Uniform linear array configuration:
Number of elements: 4
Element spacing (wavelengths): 0.75
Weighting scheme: cosine
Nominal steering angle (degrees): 15
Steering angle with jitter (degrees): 16.134
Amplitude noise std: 0.05
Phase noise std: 0.05

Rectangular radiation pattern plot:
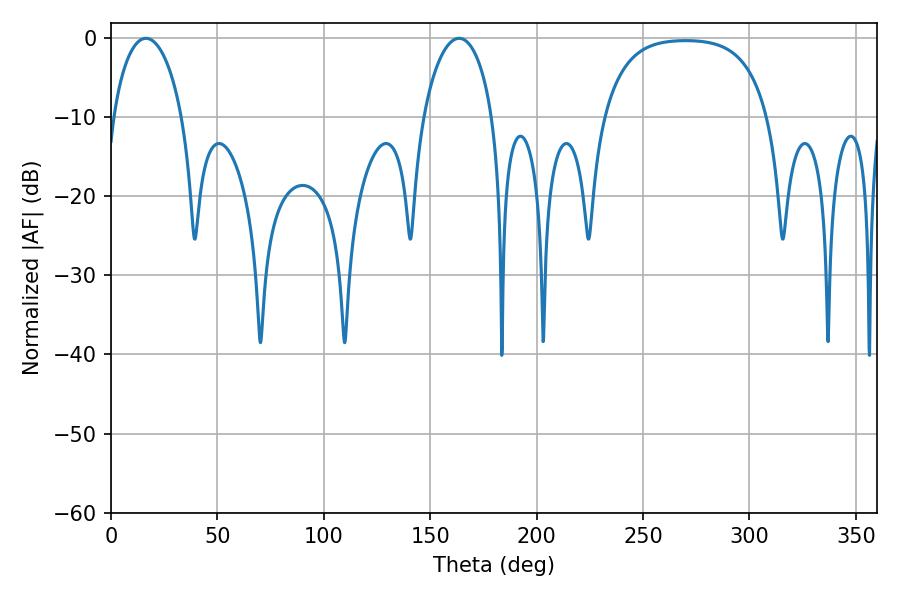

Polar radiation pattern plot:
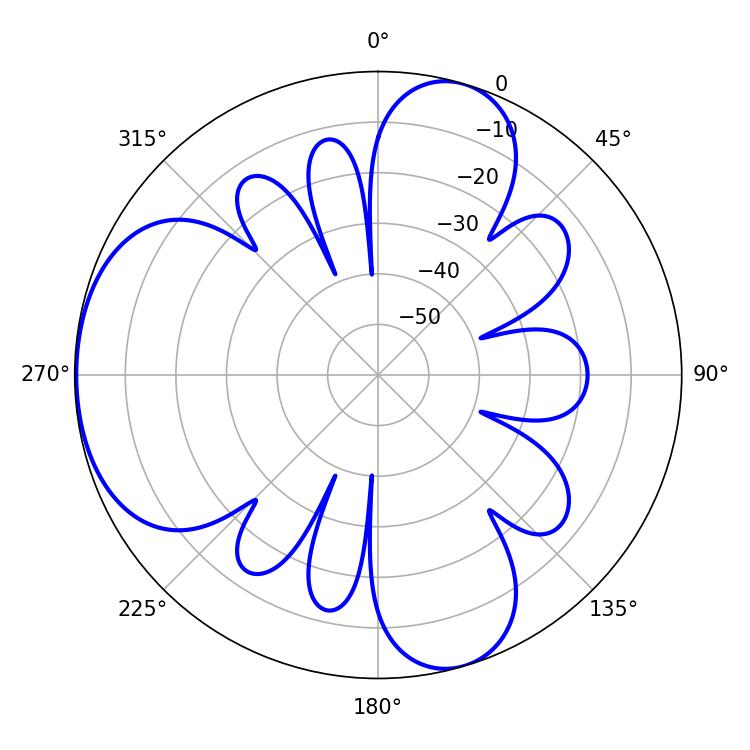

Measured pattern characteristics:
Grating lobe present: TRUE
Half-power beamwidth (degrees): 18.54
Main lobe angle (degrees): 16.38